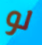
لو